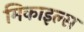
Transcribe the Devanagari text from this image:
मिकाइल्स